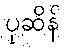
ပုဆိန်